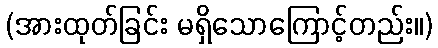
(အားထုတ်ခြင်း မရှိသောကြောင့်တည်း။)